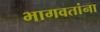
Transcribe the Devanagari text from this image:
भागवतांना